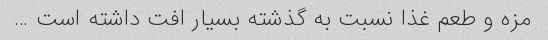
مزه و طعم غذا نسبت به گذشته بسیار افت داشته است …